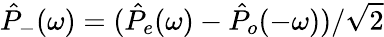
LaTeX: \hat{P}_{-}(\omega)=(\hat{P}_{e}(\omega)-\hat{P}_{o}(-\omega))/\sqrt{2}